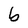
Character: b